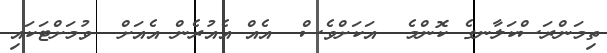
ތިމަންރަސްކަލާނގެ ކޮންމެ  އަކަށްވެސް  އެއް އެއުރެން އެއަށް  ވުމަށްޓަކައި